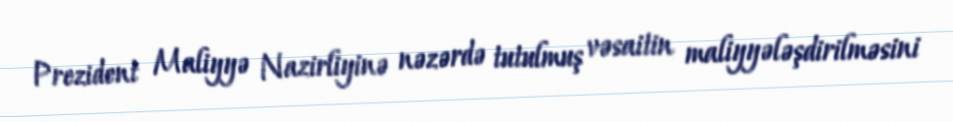
Prezident Maliyyə Nazirliyinə nəzərdə tutulmuş vəsaitin maliyyələşdirilməsini